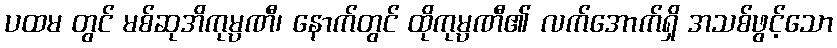
ပထမ တွင် မစ်ဆုအိကုမ္ပဏီ၊ နောက်တွင် ထိုကုမ္ပဏီ၏ လက်အောက်ရှိ အသစ်ဖွင့်သော